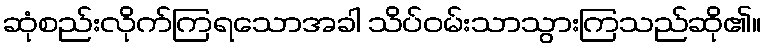
ဆုံစည်းလိုက်ကြရသောအခါ သိပ်ဝမ်းသာသွားကြသည်ဆို၏။